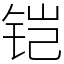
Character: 铠